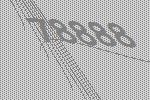
78888